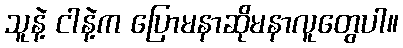
သူနဲ့ ငါနဲ့က ပြောမနာဆိုမနာလူတွေပါ။